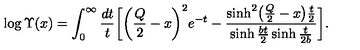
\log \Upsilon ( x ) = \int _ { 0 } ^ { \infty } \frac { d t } { t } \biggl [ \biggl ( \frac { Q } { 2 } - x \biggr ) ^ { 2 } e ^ { - t } - \frac { \sinh ^ { 2 } \bigl ( \frac { Q } { 2 } - x \bigr ) \frac { t } { 2 } } { \sinh \frac { b t } { 2 } \sinh \frac { t } { 2 b } } \biggr ] .